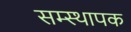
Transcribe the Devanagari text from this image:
सम्स्थापक